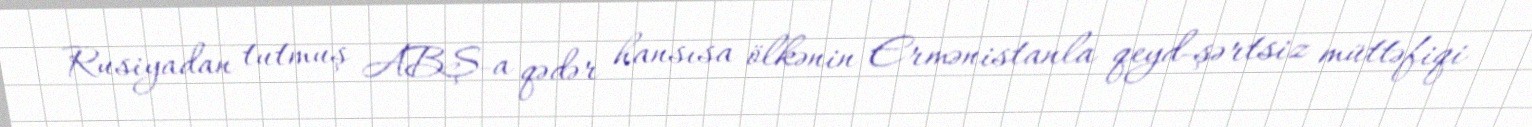
Rusiyadan tutmuş ABŞ-a qədər hansısa ölkənin Ermənistanla qeyd-şərtsiz müttəfiqi